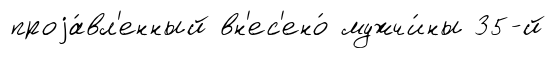
проjа́вл'енный вн'ес'ено́ мужчи́ны 35-й